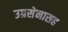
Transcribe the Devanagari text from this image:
उग्रसेनासह